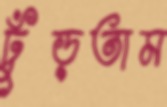
ঢুঁড়তাম